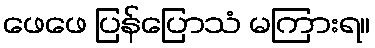
ဖေဖေ ပြန်ပြောသံ မကြားရ။